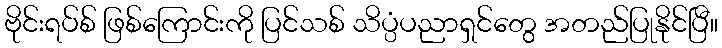
ဗိုင်းရပ်စ် ဖြစ်ကြောင်းကို ပြင်သစ် သိပ္ပံပညာရှင်တွေ အတည်ပြုနိုင်ပြီ။